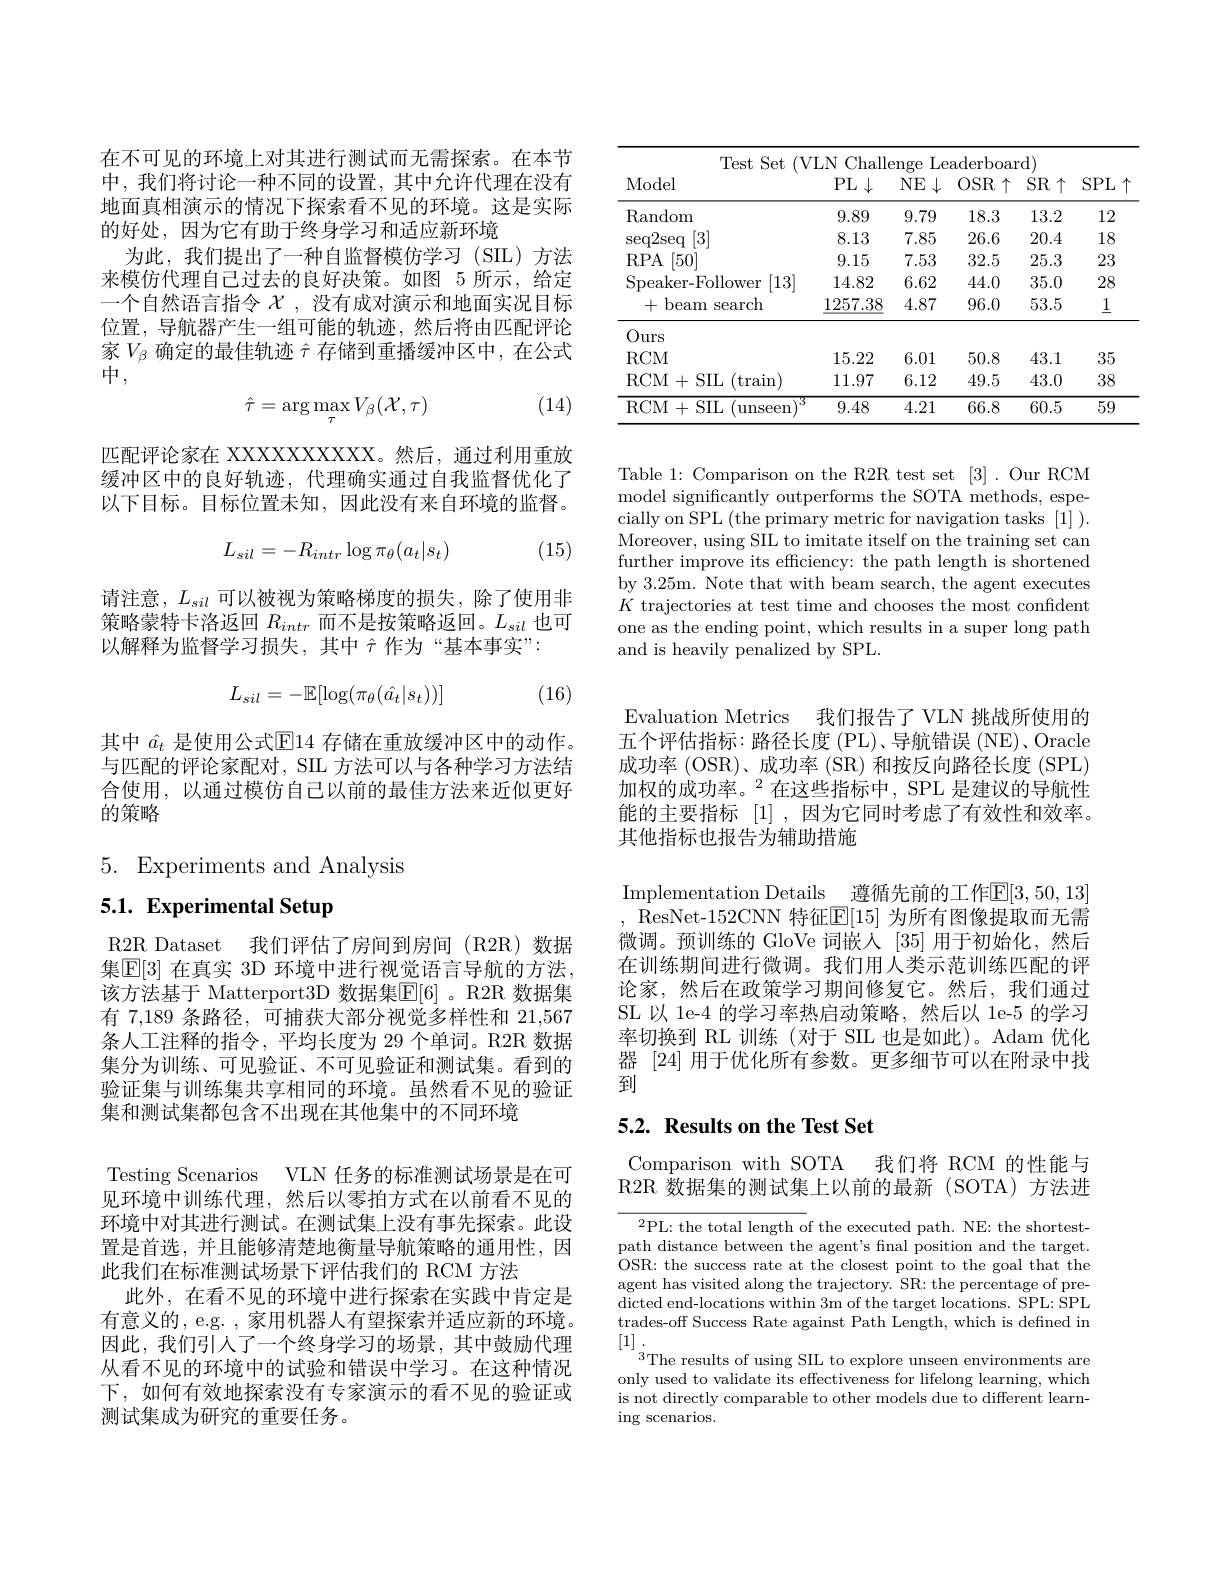
在不可见的环境上对其进行测试而无需探索。在本节中，我们将讨论一种不同的设置，其中允许代理在没有地面真相演示的情况下探索看不见的环境。这是实际的好处，因为它有助于终身学习和适应新环境
为此，我们提出了一种自监督模仿学习(SIL)方法来模仿代理自己过去的良好决策。如图 5 所示，给定一个自然语言指令$\chi$ ,没有成对演示和地面实况目标位置，导航器产生一组可能的轨迹，然后将由匹配评论家$V_{\beta}$确定的最佳轨迹$\hat{\tau}$存储到重播缓冲区中，在公式中，

(14)
$$\hat{\tau}=\arg\max_{\tau}V_{\beta}(\mathcal{X},\tau)$$
匹配评论家在 XXXXXXXXXX。然后，通过利用重放缓冲区中的良好轨迹，代理确实通过自我监督优化了以下目标。目标位置未知，因此没有来自环境的监督。
$$L_{sil}=-R_{intr}\log\pi_{\theta}(a_{t}|s_{t})$$
(15)

请注意，$L_sil$可以被视为策略梯度的损失，除了使用非策略蒙特卡洛返回$R_intr$而不是按策略返回。$L_sil$也可以解释为监督学习损失，其中 产作为“基本事实”:
$$L_{sil}=-\mathbb{E}[\log(\pi_\theta(\hat{a_t}|s_t))]$$
(16)

其中 $\hat{a}_t$ 是使用公式$\mathbb{E}$14 存储在重放缓冲区中的动作。与匹配的评论家配对，SIL 方法可以与各种学习方法结合使用，以通过模仿自己以前的最佳方法来近似更好的策略

5. Experiments and Analysis
5.1. Experimental Setup

R2R Dataset 我们评估了房间到房间(R2R)数据集$\boxed{\mathrm{E}}[3]$ 在真实 3D 环境中进行视觉语言导航的方法， 该方法基于 Matterport3D 数据集$\mathbb{E}[6]$ 。R2R 数据集有 7,189 条路径，可捕获大部分视觉多样性和 21,567条人工注释的指令，平均长度为 29 个单词。R2R 数据集分为训练、可见验证、不可见验证和测试集。看到的验证集与训练集共享相同的环境。虽然看不见的验证集和测试集都包含不出现在其他集中的不同环境

<table>
	<tbody>
		<tr>
			<th>Test Set Model</th>
			<th>LNChall PL$\downarrow$</th>
			<th>Le snge $\downarrow$ $NE$</th>
			<th>${\mathrm{aderboan}}$ $OSR\uparrow$</th>
			<th>rd) $\dot{\mathrm{SR}}\uparrow$ </th>
			<th>$SPL$ 1 </th>
		</tr>
		<tr>
			<td>$\operatorname{Random}$</td>
			<td>9.89</td>
			<td>9.79</td>
			<td>18.3</td>
			<td>13.2</td>
			<td>12</td>
		</tr>
		<tr>
			<td>$\operatorname{seq2seq}$ [3]</td>
			<td>8.13</td>
			<td>7.85</td>
			<td>26.6</td>
			<td>20.4</td>
			<td>18</td>
		</tr>
		<tr>
			<td>[50] RPA</td>
			<td>9.15</td>
			<td>7.53</td>
			<td>32.5</td>
			<td>25.3</td>
			<td>23</td>
		</tr>
		<tr>
			<td>[13] Speaker-Follower</td>
			<td>14.82</td>
			<td>6.62</td>
			<td>44.0</td>
			<td>35.0</td>
			<td>28</td>
		</tr>
		<tr>
			<td>+ - beam search</td>
			<td>1257.38</td>
			<td>4.87</td>
			<td>96.0</td>
			<td>53.5</td>
			<td>$\underline{1}$</td>
		</tr>
		<tr>
			<td>Ours</td>
			<td> </td>
			<td> </td>
			<td> </td>
			<td> </td>
			<td> </td>
		</tr>
		<tr>
			<td>RCM</td>
			<td>15.22</td>
			<td>6.01</td>
			<td>50.8</td>
			<td>43.1</td>
			<td>35</td>
		</tr>
		<tr>
			<td>$RCM$ 1+SIL $^{\prime}$train</td>
			<td>11.97</td>
			<td>6.12</td>
			<td>49.5</td>
			<td>43.0</td>
			<td>38</td>
		</tr>
		<tr>
			<td>RCM 1+SIL unseen</td>
			<td>9.48</td>
			<td>4.21</td>
			<td>66.8</td>
			<td>60.5</td>
			<td>59</td>
		</tr>
	</tbody>
</table>

Table 1: Comparison on the R2R test set [3]. Our RCM model significantly outperforms the SOTA methods, especially on SPL (the primary metric for navigation tasks [1] ). Moreover, using SIL to imitate itself on the training set can further improve its efficiency: the path length is shortened by 3.25m. Note that with beam search, the agent executes $K$ trajectories at test time and chooses the most confident one as the ending point, which results in a super long path and is heavily penalized by SPL.

Testing Scenarios VLN 任务的标准测试场景是在可见环境中训练代理，然后以零拍方式在以前看不见的环境中对其进行测试。在测试集上没有事先探索。此设置是首选，并且能够清楚地衡量导航策略的通用性，因此我们在标准测试场景下评估我们的 RCM 方法
此外，在看不见的环境中进行探索在实践中肯定是有意义的，e.g. , 家用机器人有望探索并适应新的环境。因此，我们引人了一个终身学习的场景，其中鼓励代理从看不见的环境中的试验和错误中学习。在这种情况下，如何有效地探索没有专家演示的看不见的验证或测试集成为研究的重要任务。

Evaluation Metrics 我们报告了 VLN 挑战所使用的五个评估指标：路径长度(PL)、导航错误(NE)、Oracle 成功率 (OSR)、成功率 (SR) 和按反向路径长度 (SPL) 加权的成功率。$^{2}$在这些指标中，SPL 是建议的导航性能的主要指标[1] ,因为它同时考虑了有效性和效率。其他指标也报告为辅助措施

Implementation Details 遵循先前的工作$\mathbb{E}[3,50,13]$ , ResNet-152CNN 特征$\mathbb{E}[15]$ 为所有图像提取而无需微调。预训练的 GloVe 词嵌人 [35]用于初始化，然后在训练期间进行微调。我们用人类示范训练匹配的评论家，然后在政策学习期间修复它。然后，我们通过SL 以 1e-4 的学习率热启动策略，然后以 1e-5 的学习率切换到 RL 训练(对于 SIL 也是如此)。Adam 优化器 [24] 用于优化所有参数。更多细节可以在附录中找到

# 5.2. Results on the Test Set

Comparison with SOTA 我们将 RCM 的性能与R2R 数据集的测试集上以前的最新 (SOTA)方法进

$^{2}$PL: the total length of the executed path. NE: the shortestpath distance between the agent's final position and the target. OSR: the success rate at the closest point to the goal that the agent has visited along the trajectory. SR: the percentage of predicted end-locations within 3m of the target locations. SPL: SPL trades-off Success Rate against Path Length, which is defined in [1].
$^{3}$The results of using SIL to explore unseen environments are only used to validate its effectiveness for lifelong learning, which is not directly comparable to other models due to different learn- $\operatorname{ing}$ scenarios.